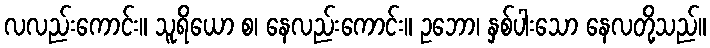
လလည်းကောင်း။ သူရိယော စ၊ နေလည်းကောင်း။ ဥဘော၊ နှစ်ပါးသော နေလတို့သည်။